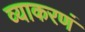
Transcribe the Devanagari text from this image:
व्याकरणं